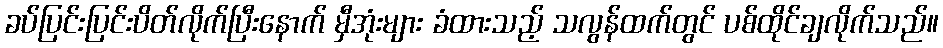
ခပ်ပြင်းပြင်းပိတ်လိုက်ပြီးနောက် မှီအုံးများ ခံထားသည့် သလွန်ထက်တွင် ပစ်ထိုင်ချလိုက်သည်။